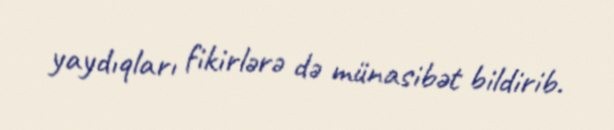
yaydıqları fikirlərə də münasibət bildirib.